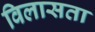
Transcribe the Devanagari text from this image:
विलासता